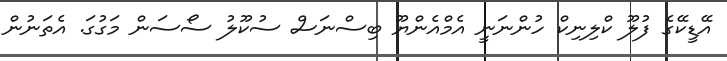
އޭޑީކޭގެ ފުލޫ ކްލިނިކް ހުންނަނީ އެމްއެންޔޫ ބިސްނަސް ސުކޫލު ސޯސަން މަގުގަ. އެތަނުން